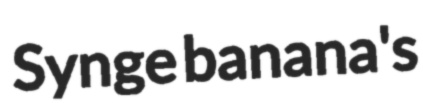
Synge banana's